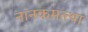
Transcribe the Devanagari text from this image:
नानकमत्त्था